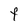
Character: F